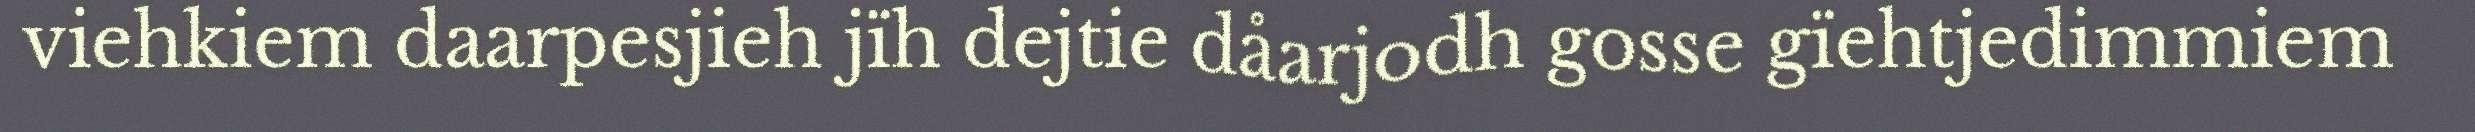
viehkiem daarpesjieh jïh dejtie dåarjodh gosse gïehtjedimmiem